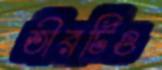
তীরটিও